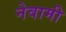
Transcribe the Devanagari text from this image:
नेवामी